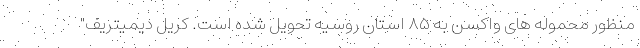
منظور محموله های واکسن به ۸۵ استان روسیه تحویل شده است. کریل دیمیتریف"